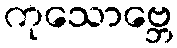
ကုသောဗ္ဘေ